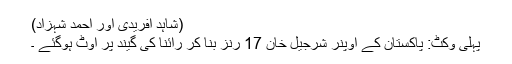
(شاہد آفریدی اور احمد شہزاد)
پہلی وکٹ: پاکستان کے اوپنر شرجیل خان 17 رنز بنا کر رائنا کی گیند پر آوٹ ہوگئے ۔